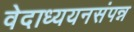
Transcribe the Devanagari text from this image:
वेदाध्ययनसंपन्न